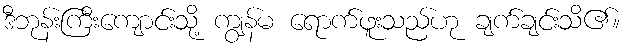
ဒီဘုန်းကြီးကျောင်းသို့ ကျွန်မ ရောက်ဖူးသည်ဟု ချက်ချင်းသိ၏။